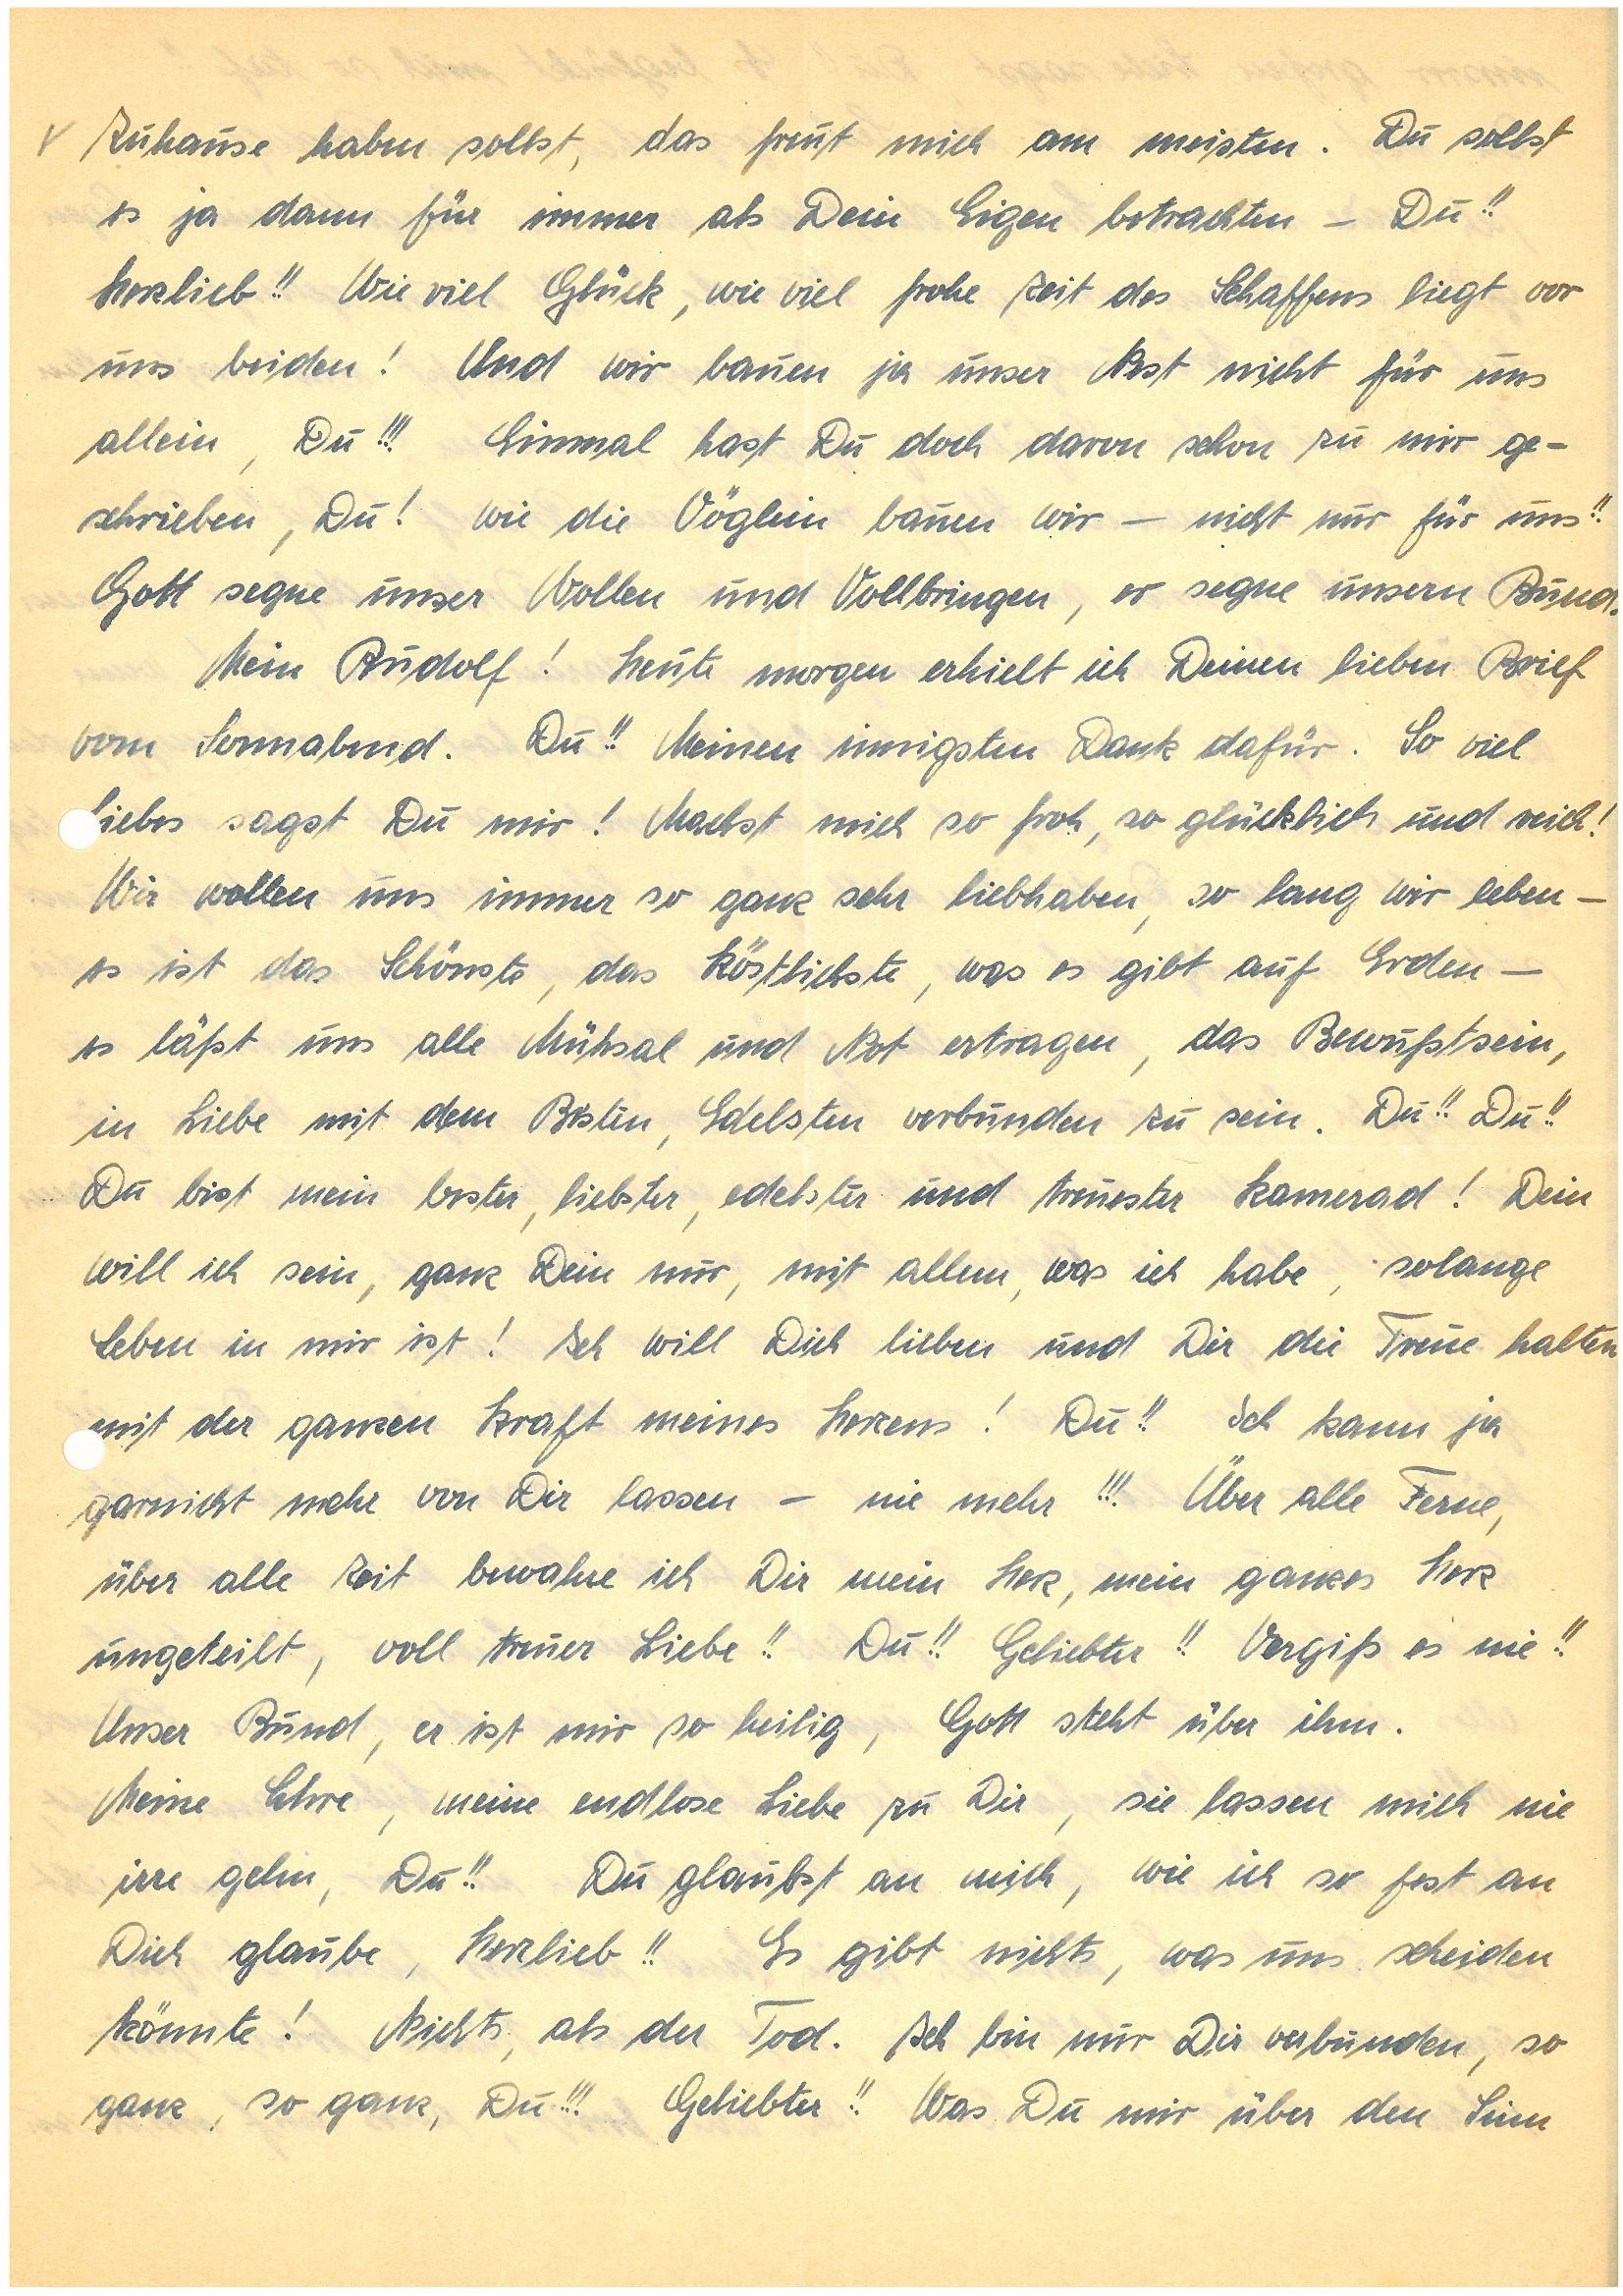
Zuhause haben sollst, das freut mich am meisten. Du sollst
es ja dann für immer als Dein Eigen betrachten – Du!!
Herzlieb!! Wie viel Glück, wie viel frohe Zeit des Schaffens liegt vor
uns beiden! Und wir bauen ja unser Nest nicht für uns
allein, Du!!! Einmal hast Du doch davon schon zu mir ge¬
schrieben, Du! wie die Vöglein bauen wir – nicht nur für uns!!
Gott segne unser Wollen und Vollbringen, er segne unsern Bund.
Mein! Heute morgen erhielt ich Deinen lieben Brief
vom Sonnabend. Du!! Meinen innigsten Dank dafür. So viel
ebes sagst Du mir! Machst mich so froh, so glücklich und reich!
Wir wollen uns immer so ganz sehr liebhaben, solange wir leben –
es ist das Schönste, das köstlichste, was es gibt auf Erden –
es läßt uns alle Mühsal und Not ertragen, das Bewußtsein,
in Liebe mit dem Besten, Edelsten verbunden zu sein. Du!! Du!!
Du bist mein bester, liebster, edelster und treuester Kamerad! Dein
will ich sein, ganz Dein nur, mit allem, was ich habe, solange
Leben in mir ist! Ich will Dich lieben und Dir die Treue halten
it der ganzen Kraft meines Herzens! Du!! Ich kann ja
garnicht mehr von Dir lassen – nie mehr!!! Über alle Ferne,
über alle Zeit bewahre ich Dir mein Herz, mein ganzes Herz
ungeteilt, voll treuer Liebe!! Du!! Geliebter!! Vergiß es nie!!
Unser Bund, er ist mir so heilig, Gott steht über ihm.
Meine Ehre, meine endlose Liebe zu Dir, sie lassen mich nie
irre gehn, Du!! Du glaubst an mich, wie ich so fest an
Dich glaube, Herzlieb!! Es gibt nichts, was uns scheiden
könnte! Nichts, als der Tod. Ich bin nur Dir verbunden, so
ganz, so ganz, Du!!! Geliebter!! Was Du mir über den Sinn